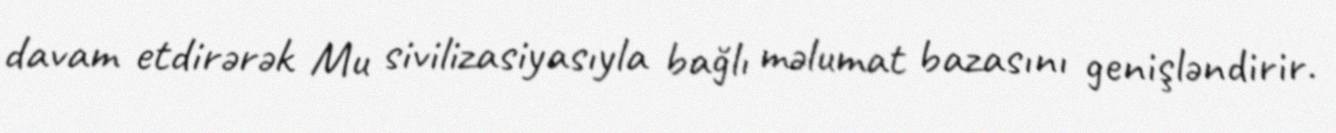
davam etdirərək Mu sivilizasiyasıyla bağlı məlumat bazasını genişləndirir.